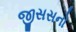
જીસસનો